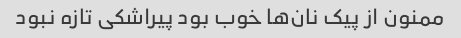
ممنون از پیک نان‌ها خوب بود پیراشکی تازه نبود